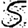
Digit: 5